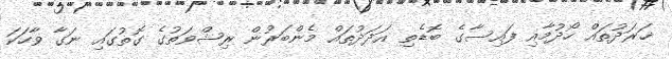
ޚަރަދުތައް ހޯދުމާއި ފައިސާގެ ބޮޑެތި އަދަދުތައް މެންބަރުން ރިޝްވަތުގެ ގޮތުގައި ނަގާ ވާހަކަ